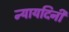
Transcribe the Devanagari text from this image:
न्यायदिनी